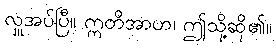
လှူအပ်ပြီ။ ဣတိအာဟ၊ ဤသို့ဆို၏။